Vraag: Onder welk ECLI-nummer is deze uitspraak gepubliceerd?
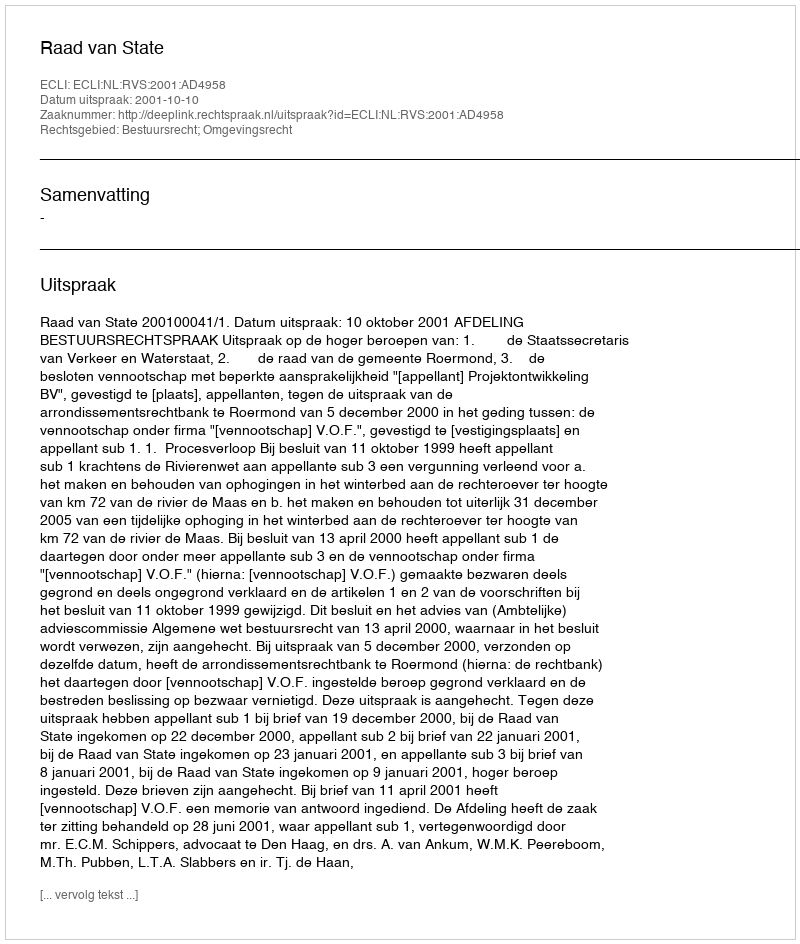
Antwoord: ECLI:NL:RVS:2001:AD4958